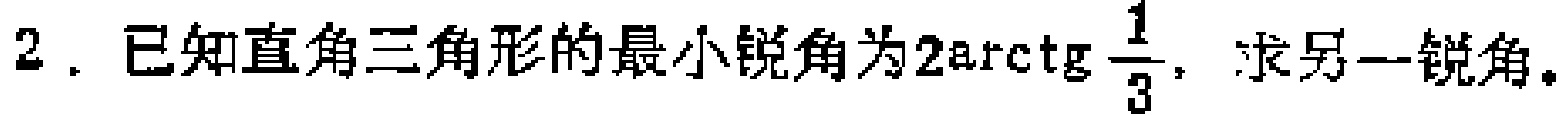
2. 已知直角三角形的最小锐角为\(2\mathrm{arctg}\frac{1}{3}\)，求另一锐角。